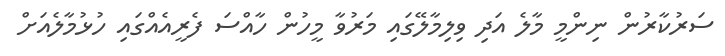
ސަރުކާރުން ނިންމީ މާލެ އަދި ވިލިމާލޭގައި މަރުވާ މީހުން ހާއްސަ ފެރީއެއްގައި ހުޅުމާލެއަށް